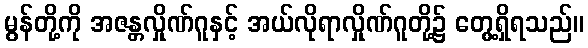
မွန်တို့ကို အဇန္တလှိုဏ်ဂူနှင့် အယ်လိုရာလှိုဏ်ဂူတို့၌ တွေ့ရှိရသည်။